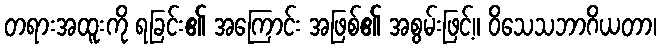
တရားအထူးကို ရခြင်း၏ အကြောင်း အဖြစ်၏ အစွမ်းဖြင့်။ ဝိသေသဘာဂိယတာ၊